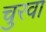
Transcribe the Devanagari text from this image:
चुरवा